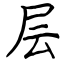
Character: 层